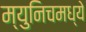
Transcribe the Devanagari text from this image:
म्युनिचमध्ये